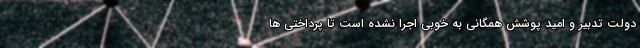
دولت تدبیر و امید پوشش همگانی به خوبی اجرا نشده است تا پرداختی ها